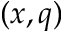
( x , q )